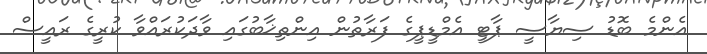
އެންމެ ބޮޑު ސިޔާސީ ޕާޓީ އެމްޑީޕީގެ ފަރާތުން އިންތިޚާބުގައި ވާދަކުރައްވާ ކުރީގެ ރައީސް